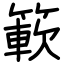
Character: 簐